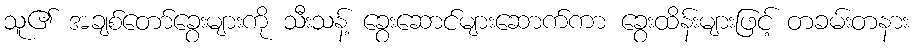
သူ၏ အချစ်တော်ခွေးများကို သီးသန့် ခွေးဆောင်များဆောက်ကာ ခွေးထိန်းများဖြင့် တခမ်းတနား